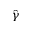
\hat { \gamma }